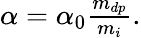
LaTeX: \begin{array}{r}{\alpha=\alpha_{0}\frac{m_{dp}}{m_{i}}.}\end{array}